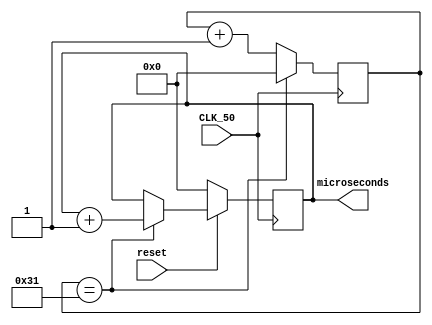
module MicrosecondGenerator(CLK_50, microseconds, reset);

input CLK_50;
input reset;
reg [31:0] CEcount;
wire CE_micro = (CEcount == 32'd49);
output reg [31:0] microseconds;

always @(posedge CLK_50)
	if (CE_micro) CEcount <= 0;
	else CEcount <= CEcount + 1'b1;


always @(posedge CLK_50)
	if (~reset) microseconds <= 0;
	else if (CE_micro) microseconds <= microseconds + 1'b1;
	
endmodule